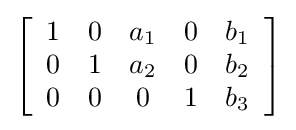
\left[{\begin{array}{ccccc}1&0&a_{1}&0&b_{1}\\0&1&a_{2}&0&b_{2}\\0&0&0&1&b_{3}\end{array}}\right]